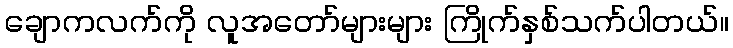
ချောကလက်ကို လူအတော်များများ ကြိုက်နှစ်သက်ပါတယ်။